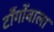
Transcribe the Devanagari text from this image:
टाँगोंवाला